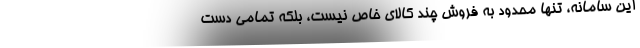
این سامانه، تنها محدود به فروش چند کالای خاص نیست، بلکه تمامی دست